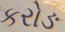
કરોઙ